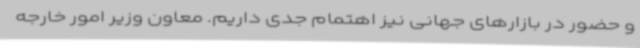
و حضور در بازارهای جهانی نیز اهتمام جدی داریم. معاون وزیر امور خارجه